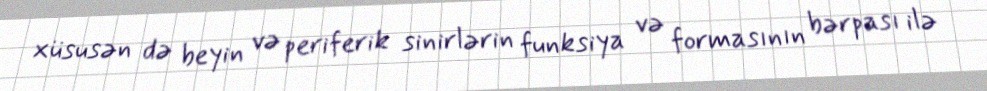
xüsusən də beyin və periferik sinirlərin funksiya və formasının bərpası ilə